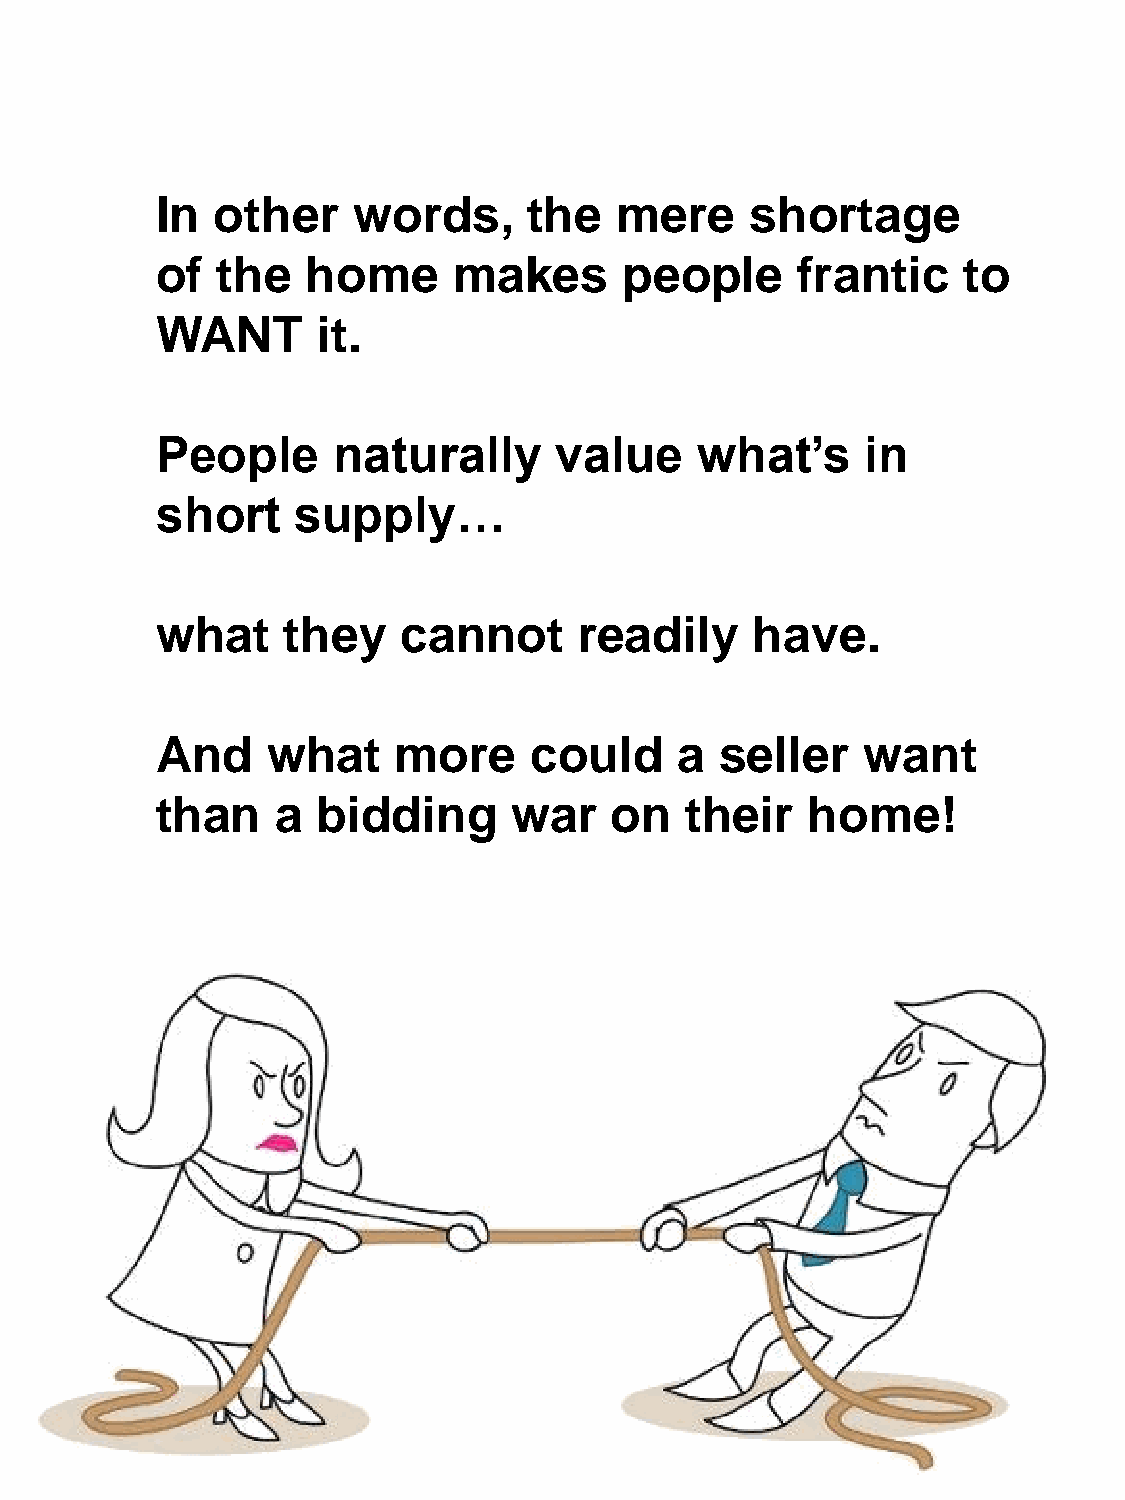
In  other    words,      the   mere     shortage
 of  the   home      makes      people      frantic    to
 WANT       it.
 People      naturally      value    what’s     in
 short     supply…
 what     they    cannot     readily     have.
 And     what    more     could     a  seller   want
 than    a  bidding      war   on   their   home!